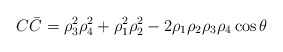
\begin{align*}C\bar{C}=\rho_3^2\rho_4^2+\rho_1^2\rho_2^2-2\rho_1\rho_2\rho_3\rho_4\cos{\theta}\end{align*}